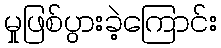
မှုဖြစ်ပွားခဲ့ကြောင်း